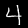
Label: 4